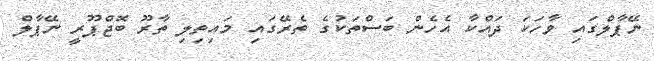
ނޭޕާލްގައި ވާހަކަ ދައްކާ އެހެން ބަސްތަކުގެ ތެރޭގައި މައިތިލި ތާރޫ ބޮޖްޕޫރީ ނޭޕާލް